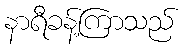
နာရီခန့်ကြာသည်